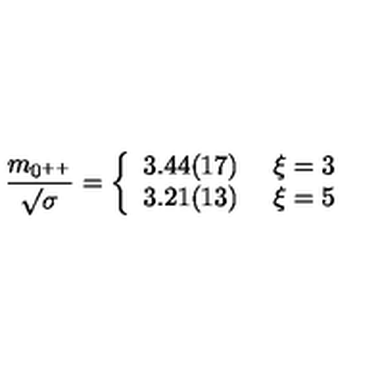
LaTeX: { \frac { m _ { 0 ^ { + + } } } { \surd \sigma } } = \left\{ \begin{array} { l l } { 3 . 4 4 ( 1 7 ) } & { \ \xi = 3 } \\ { 3 . 2 1 ( 1 3 ) } & { \ \xi = 5 } \\ \end{array} \right.